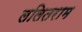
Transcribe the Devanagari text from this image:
ललितराम